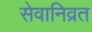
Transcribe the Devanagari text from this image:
सेवानिव्रत